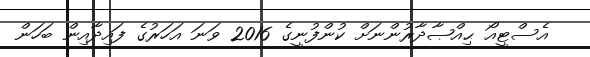
އެސްޓީއޯ ޙިއްޞާދާރުންނަށް ކުންފުނީގެ 2016 ވަނަ އަހަރުގެ ފައިދާއިން ބަހަން